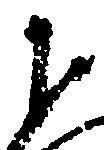
下